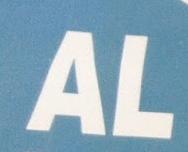
al